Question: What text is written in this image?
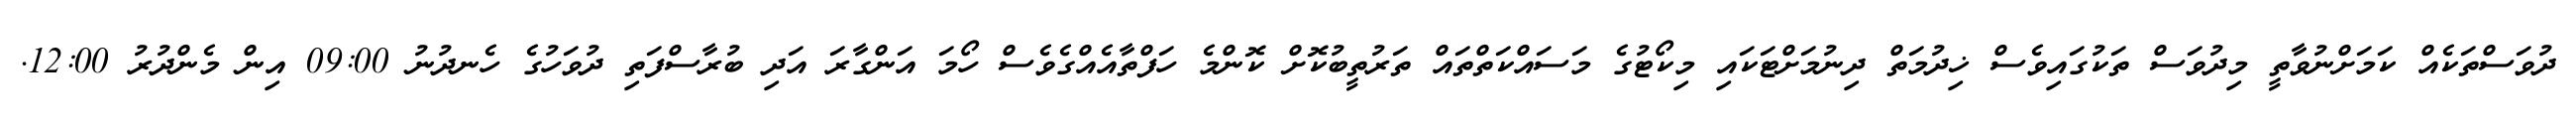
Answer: ދުވަސްތަކެއް ކަމަށްނުވާތީ މިދުވަސް ތަކުގައިވެސް ޚިދުމަތް ދިނުމަށްޓަކައި މިކޯޓުގެ މަސައްކަތްތައް ތަރުތީބުކޮށް ކޮންމެ ހަފްތާއެއްގެވެސް ހޯމަ އަންގާރަ އަދި ބުރާސްފަތި ދުވަހުގެ ހެނދުނު 09:00 އިން މެންދުރު 12:00.